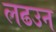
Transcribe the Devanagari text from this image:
लढउन